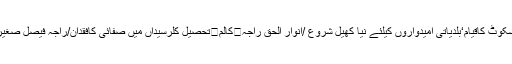
کالم	جلتی بسیں /ثاقب شبیر شانی	کالم	مت پوچھ کہ مسلم پر بحران سا کیوں ہے	کالم	یوسی سکوٹ کاقیام‘بلدیاتی امیدواروں کیلئے نیا کھیل شروع /انوار الحق راجہ	کالم	تحصیل کلرسیداں میں صفائی کافقدان/راجہ فیصل صغیر کالم	ملکی مفاد کا احساس	کالم	داعش کے دہشت گردوں نے نمازِ عید پر پابندی عائد کر دی!